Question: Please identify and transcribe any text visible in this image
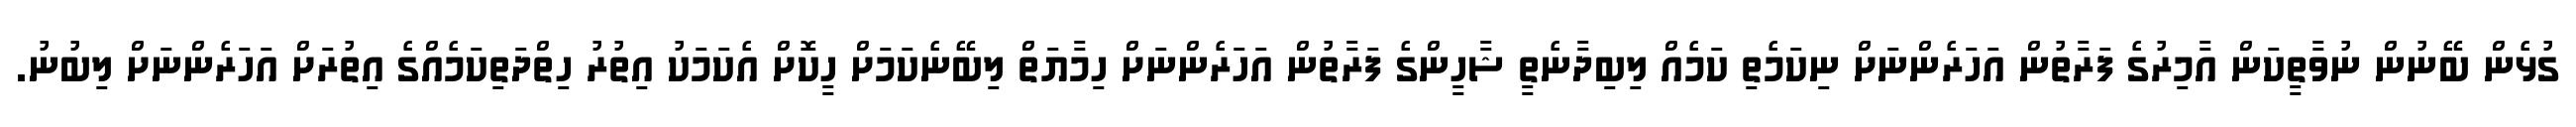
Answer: ގުޅެން ބޭނުން ނުވާތީކަން އާމިރުގެ ފަރާތުން އަހަރެންނަށް ނިކަމެތި ކަމެއް ލިބިދާނެތީ ޝާހީންގެ ފަރާތުން އަހަރެންނަށް ހިމާޔަތް ލިބޭނެކަމަށް ހީކޮށް އެކަމަކު އިތުރު ހިތްދަތިކަމެއްގެ އިތުރަށް އަހަރެންނަށް ލިބުނު.